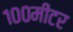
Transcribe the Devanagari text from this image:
१००मीटर